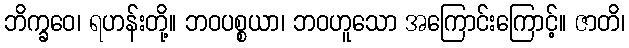
ဘိက္ခဝေ၊ ရဟန်းတို့။ ဘဝပစ္စယာ၊ ဘဝဟူသော အကြောင်းကြောင့်။ ဇာတိ၊